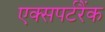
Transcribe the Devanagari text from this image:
एक्सपर्टरैंक